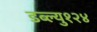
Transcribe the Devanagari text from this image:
डब्ल्यु१२४